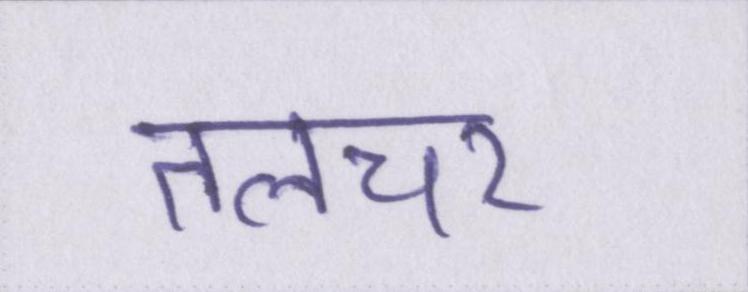
तलचर